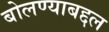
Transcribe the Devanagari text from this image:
बोलण्याबद्दल